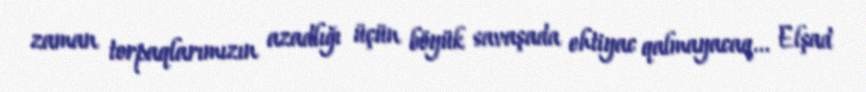
zaman torpaqlarımızın azadlığı üçün böyük savaşada ehtiyac qalmayacaq... Elşad